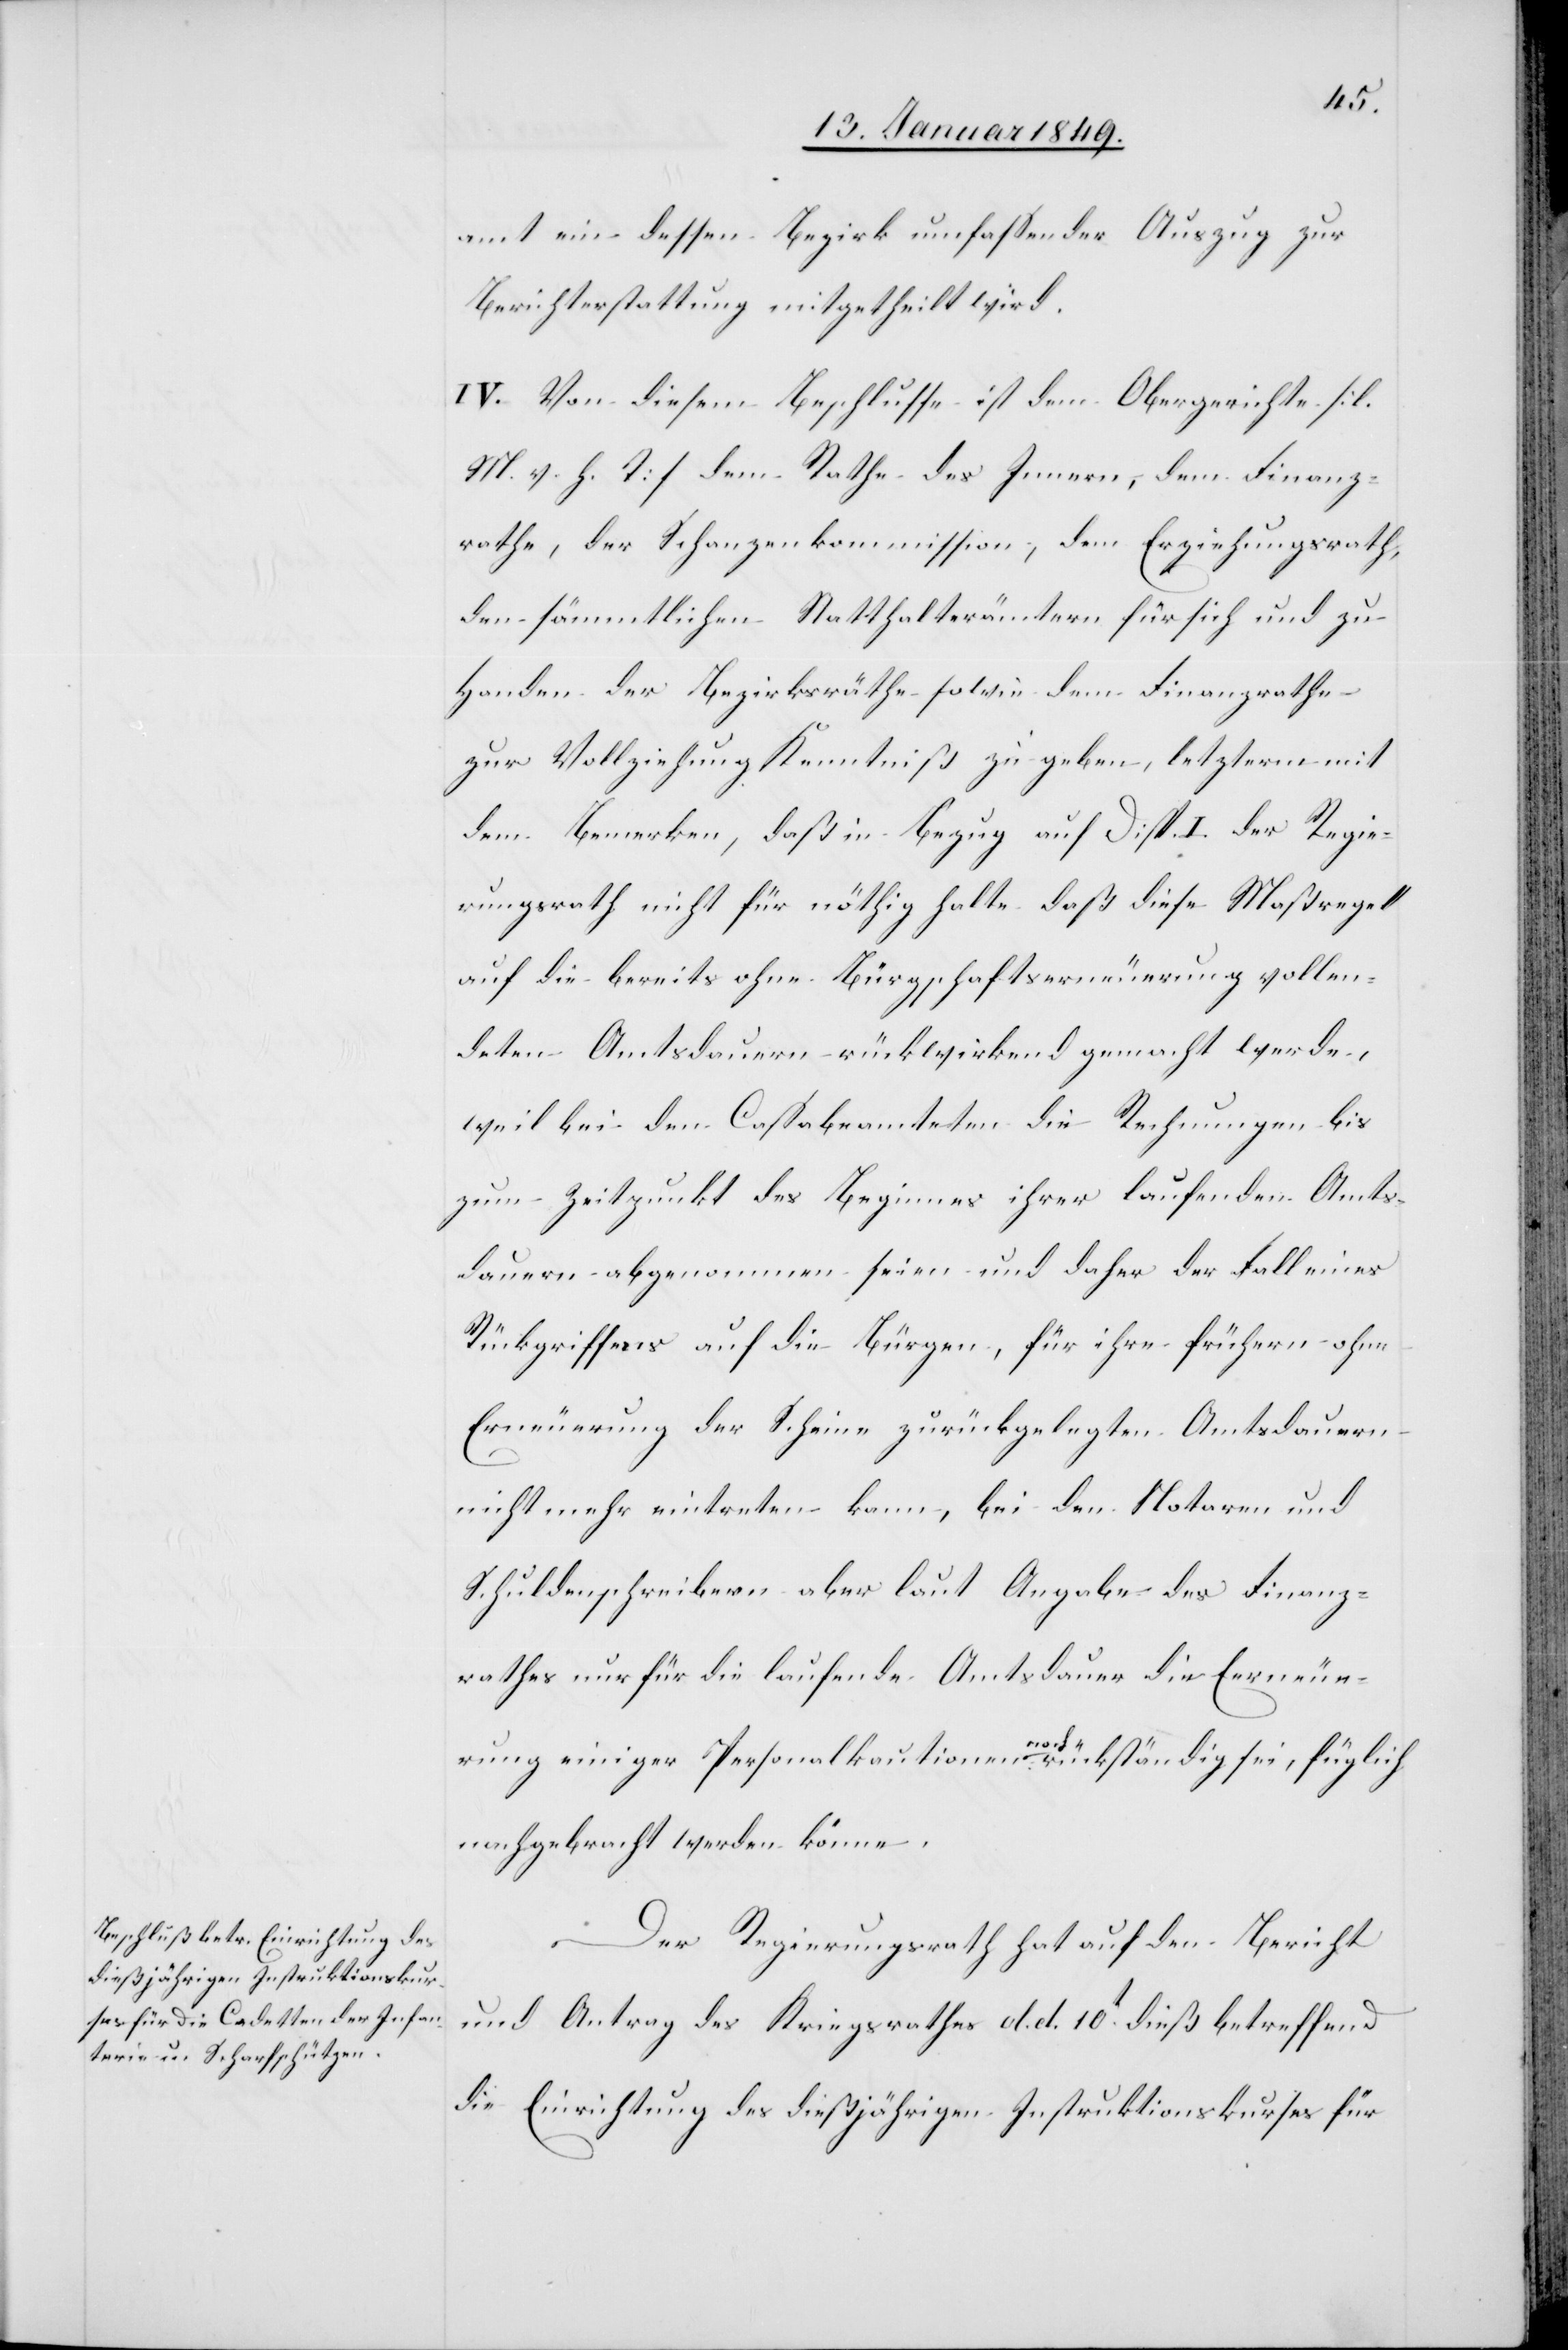
amt ein dessen Bezirk umfassender Auszug zur
Berichterstattung mitgetheilt wird.
IV. Von diesem Beschlusse ist dem Obergerichte [l.
M. v. h. T] dem Rathe des Innern, dem Finanz¬
rathe, der Schanzenkommission, dem Erziehungsrath,
den sämmtlichen Statthalterämtern für sich und zu
Handen der Bezirksräthe sowie dem Finanzrathe
zur Vollziehung Kenntniß zu geben, letzterm mit
dem Bemerken, daß in Bezug auf Disp. I. der Regie¬
rungsrath nicht für nöthig halte daß diese Maßregel
auf die bereits ohne Bürgschaftserneuerung vollen¬
deten Amtsdauern rückwirkend gemacht werden,
weil bei den Cassabeamteten die Rechnungen bis
zum Zeitpunkt des Beginnes ihrer laufenden Amts¬
dauern abgenommen seien und daher der Fall eines
Rückgriffens auf die Bürgen, für ihre frühern ohne
Erneuerung der Scheine zurückgelegten Amtsdauern
nicht mehr eintreten kann, bei den Notaren und
Schuldenschreibern aber laut Angabe des Finanz¬
rathes nur für die laufende Amtsdauer die Erneue¬
rung einiger Personalkautionen noch rückständig sei, füglich
nachgebracht werden könne.
Der Regierungsrath hat auf den Bericht
und Antrag des Kriegsrathes d. d. 10t. dieß betreffend
die Einrichtung des dießjährigen Instruktionskurses für